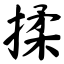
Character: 揉